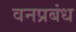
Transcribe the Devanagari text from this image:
वनप्रबंध